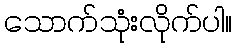
သောက်သုံးလိုက်ပါ။